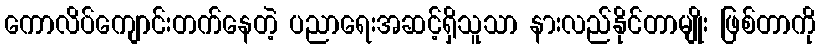
ကောလိပ်ကျောင်းတက်နေတဲ့ ပညာရေးအဆင့်ရှိသူသာ နားလည်နိုင်တာမျိုး ဖြစ်တာကို